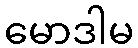
မောဒါမ